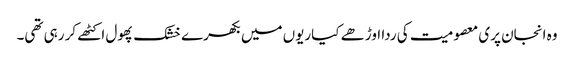
وہ انجان پری معصومیت کی ردا اوڑھے کیاریوں میں بکھرے خشک پھول اکٹھے کر رہی تھی۔